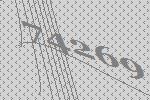
74269